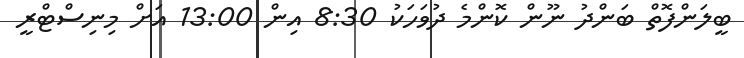
ބީލަންފޮތް ބަންދު ނޫން ކޮންމެ ދުވަހަކު 8:30 އިން 13:00 އަށް މިނިސްޓްރީ